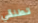
تطلقي